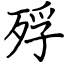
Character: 殍